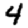
Digit: 4